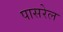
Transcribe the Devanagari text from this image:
पासरेल